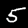
Digit: 5